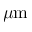
\mu \mathrm { m }